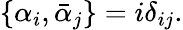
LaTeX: \{ \alpha_{i},\bar{\alpha}_{j}\} =i\delta_{ij}.